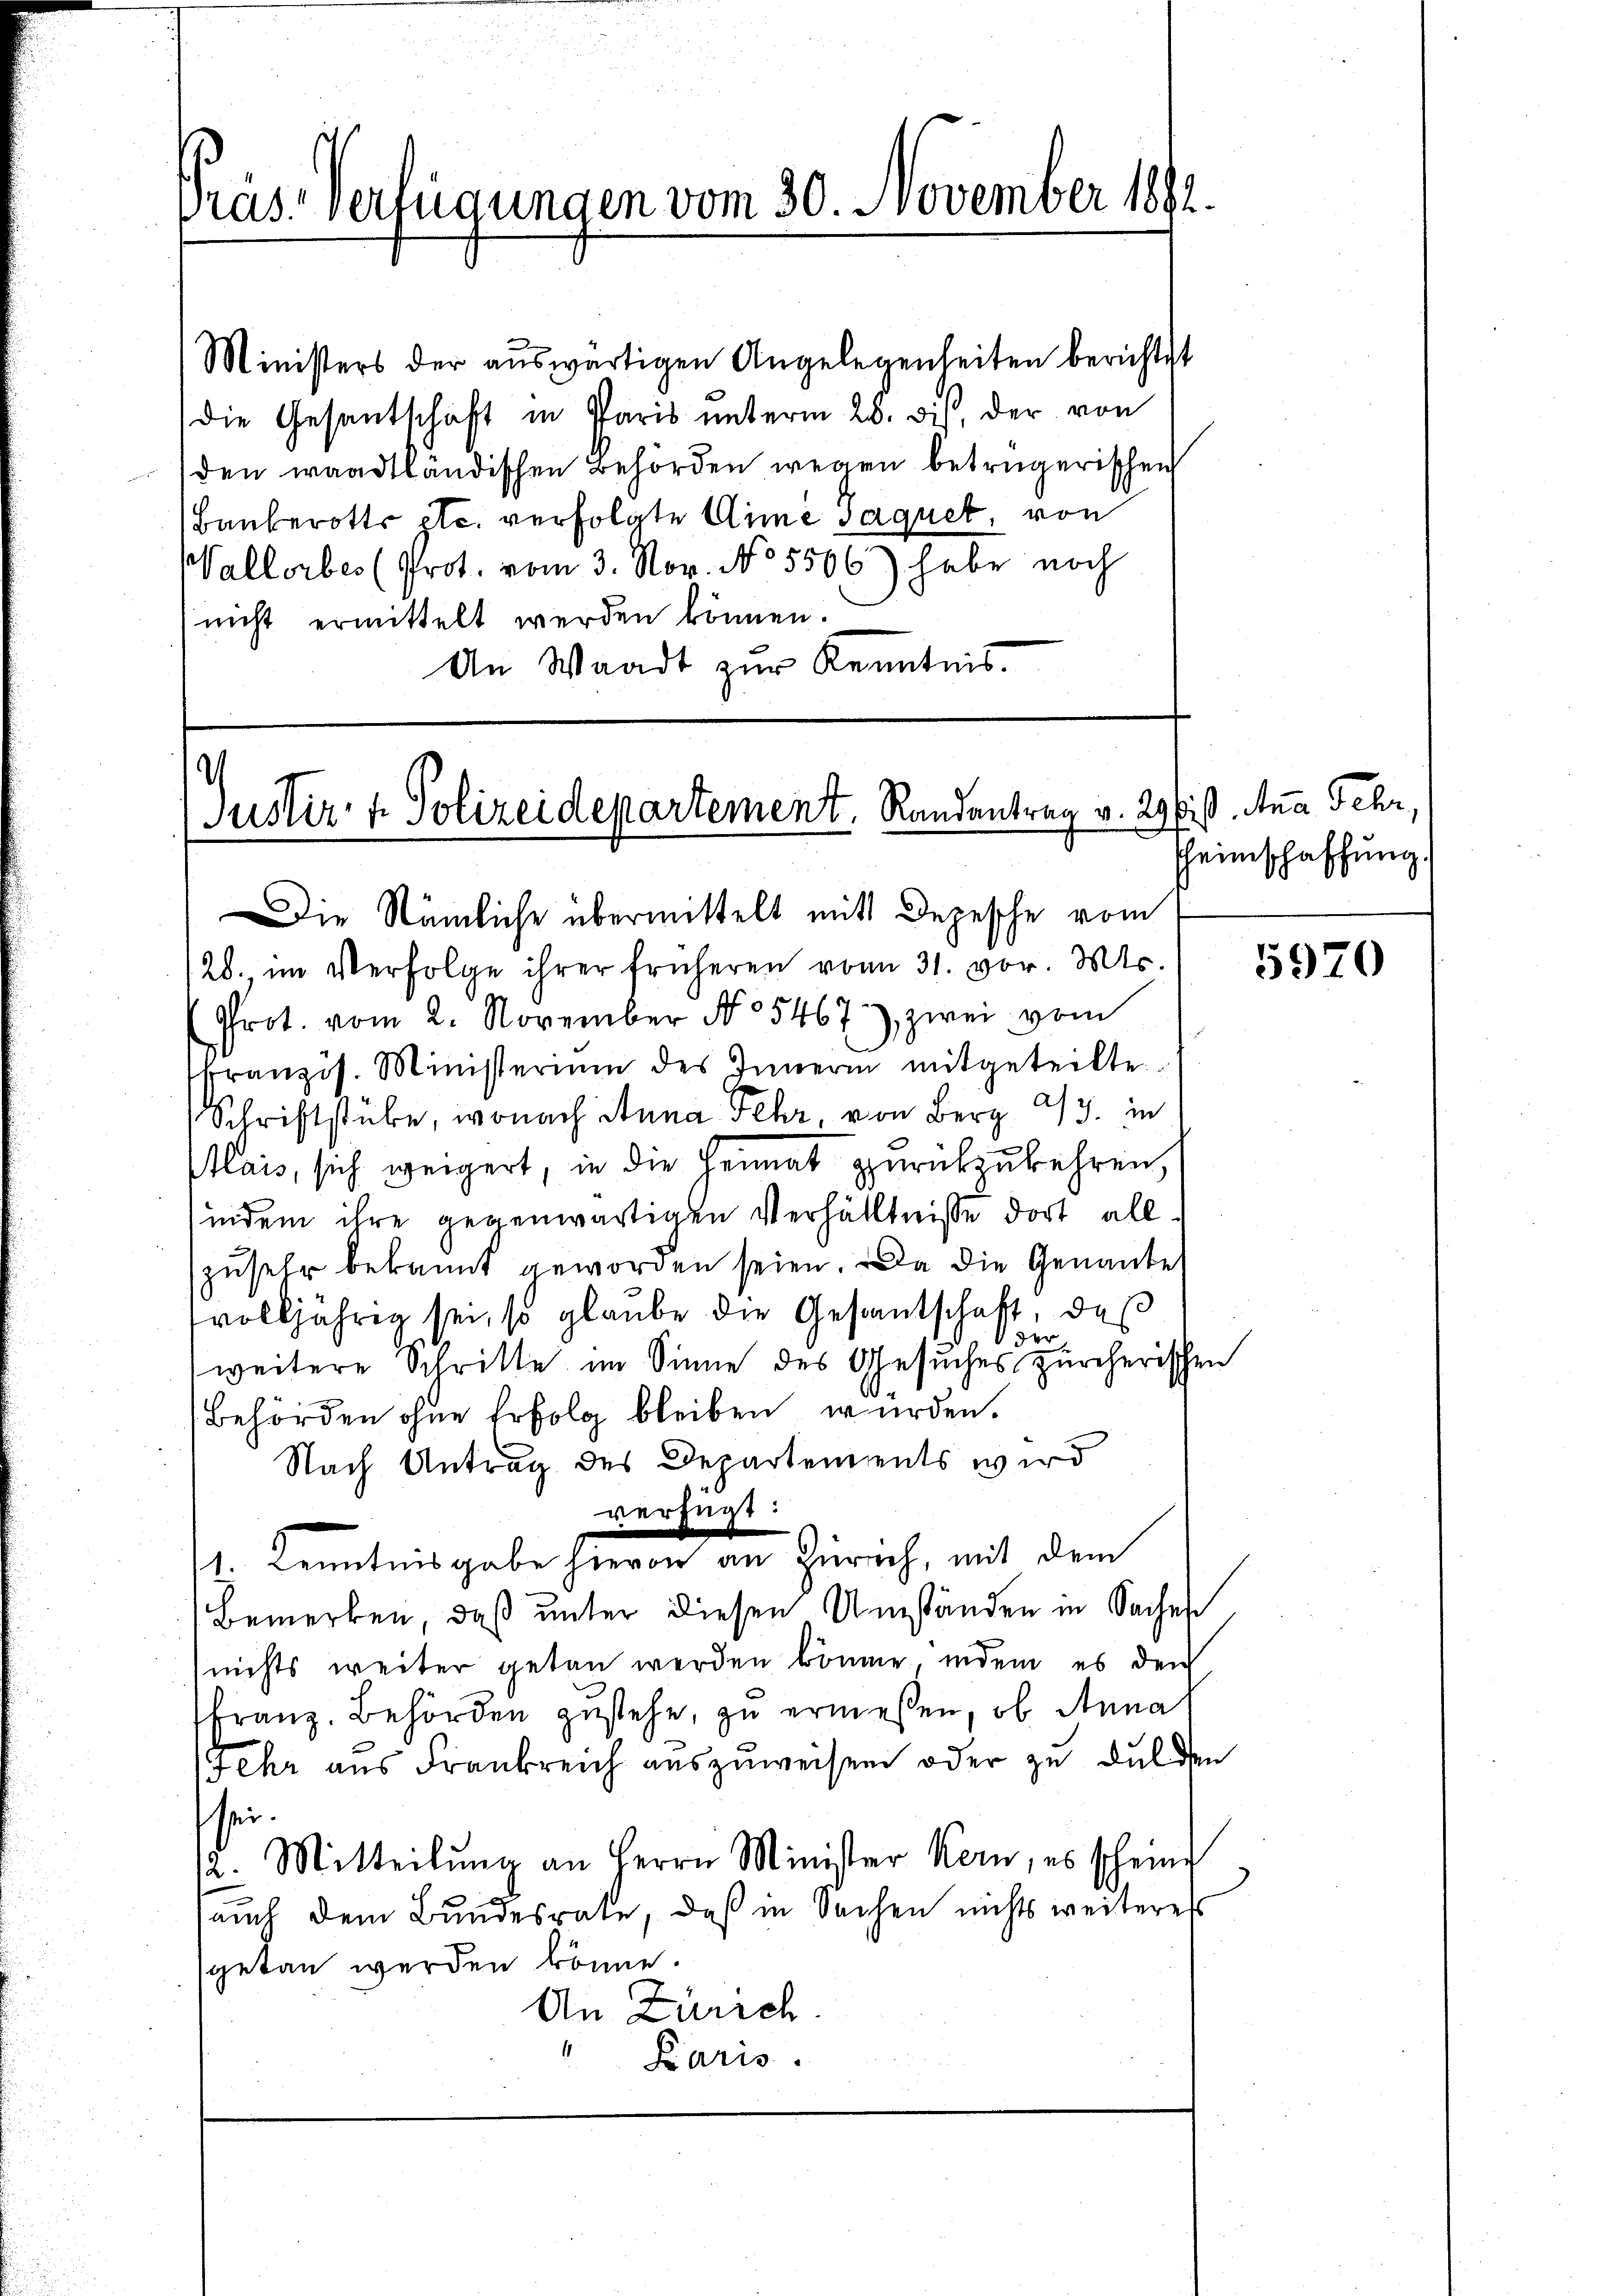
Præs-Verfügungen vom 30. November 184

Ministers der auswärtigen Angelegenheiten berichtet
die Gesantschaft in Paris ŭnterm 20. dis, der von
den waadtländischen Behörden wegen betrügerischen
Bauberotts etc. verfolgte Anne saquet, von
Wallorber (Prot. vom 3. Nov. No 5506) habe noch
nicht ermittelt werden können.
An Waadt zur Kenntnis

.
Justiz- & Polizeidepartement. Randantrag v. 29 bis Ana Fehr

Die Nämliche übermittelt mit Depesche vom
/20. im Verfolge ihrer früheren vom 31. vor. Mts.
Prot. vom 2. November No 5467) zwei vom
tfranzis. Ministerium des Innern mitgeteilte
Schriftstube, wonach Anna Fehr von Berg 293. in
Mlais, sich weigert, in die Heimat zurückzukehren,
indem ihre gegenwärtigen Verhältnisse dort all
zusehr bekannt geworden seien. Da die Genannte
volljährig sei, so glaube die Gesantschaft, das
 der
weitere Schritte im Sinne des Gesuches zürcherischen
Behörden ohne Erfolg bleiben wurden.
Nach Antrag des Departements wird
verfügt:
n
1. Kenntnisgabe hievon an Zürich, mit dem
Bemerken, daß unter diesen Umständen in Saches
nichts weiter getan werden könne, indem es den
franz. Behörden zustehe, zu ermessen, ob Anna
Fehr aus Frankreich auszuweisen oder zu dulden
sein.
12. Mitteilŭng an Herrn Minister Kern, es scheine
auch dem Bundesrate, daß in Sachen nichts weiteress
sgetan werden könne.
An Zürich.
11
Karis.

Theimschaffung.

5970